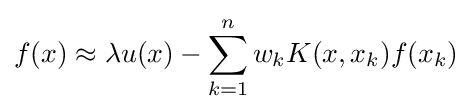
f(x)\approx \lambda u(x)-\sum _{k=1}^{n}w_{k}K(x,x_{k})f(x_{k})